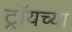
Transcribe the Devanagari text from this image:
ट्रॉयच्या